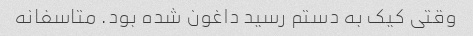
وقتی کیک به دستم رسید داغون شده بود. متاسفانه